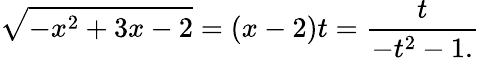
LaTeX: {\sqrt{-x^{2}+3x-2}}=(x-2)t={\frac{t}{-t^{2}-1.}}